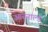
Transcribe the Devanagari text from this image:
आरनाल्ड